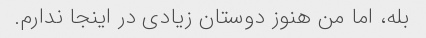
بله، اما من هنوز دوستان زیادی در اینجا ندارم.